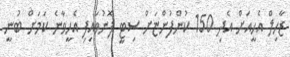
ޒާހިލް އެހީއަށް އެދި 150 ކުންފުންޏަށް ސިޓީ ފޮނުވައިފި އެހީވާނެ ކަމަށް ބުނީ